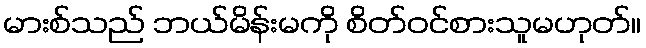
မားစ်သည် ဘယ်မိန်းမကို စိတ်ဝင်စားသူမဟုတ်။